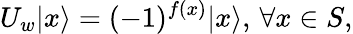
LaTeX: U_{w}|x\rangle=(-1)^{f(x)}|x\rangle,\, \forall x\in S,